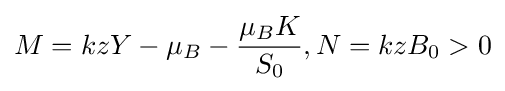
M=kzY-\mu _{B}-{\frac {\mu _{B}K}{S_{0}}},N=kzB_{0}>0